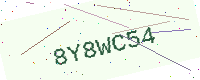
Text: 8Y8WC54